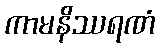
ကာမနိဿရဏံ